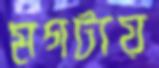
মগটায়